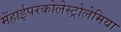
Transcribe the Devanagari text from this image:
मेंहाईपरकोलेस्ट्रोलेमिया